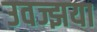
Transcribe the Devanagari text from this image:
उवज्झया